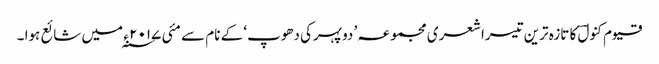
قیوم کنولؔ کا تازہ ترین تیسراشعری مجموعہ ’ دوپہرکی دھوپ‘ کے نام سے مئی ۲۰۱۷ ء ؁ میں شائع ہوا ۔